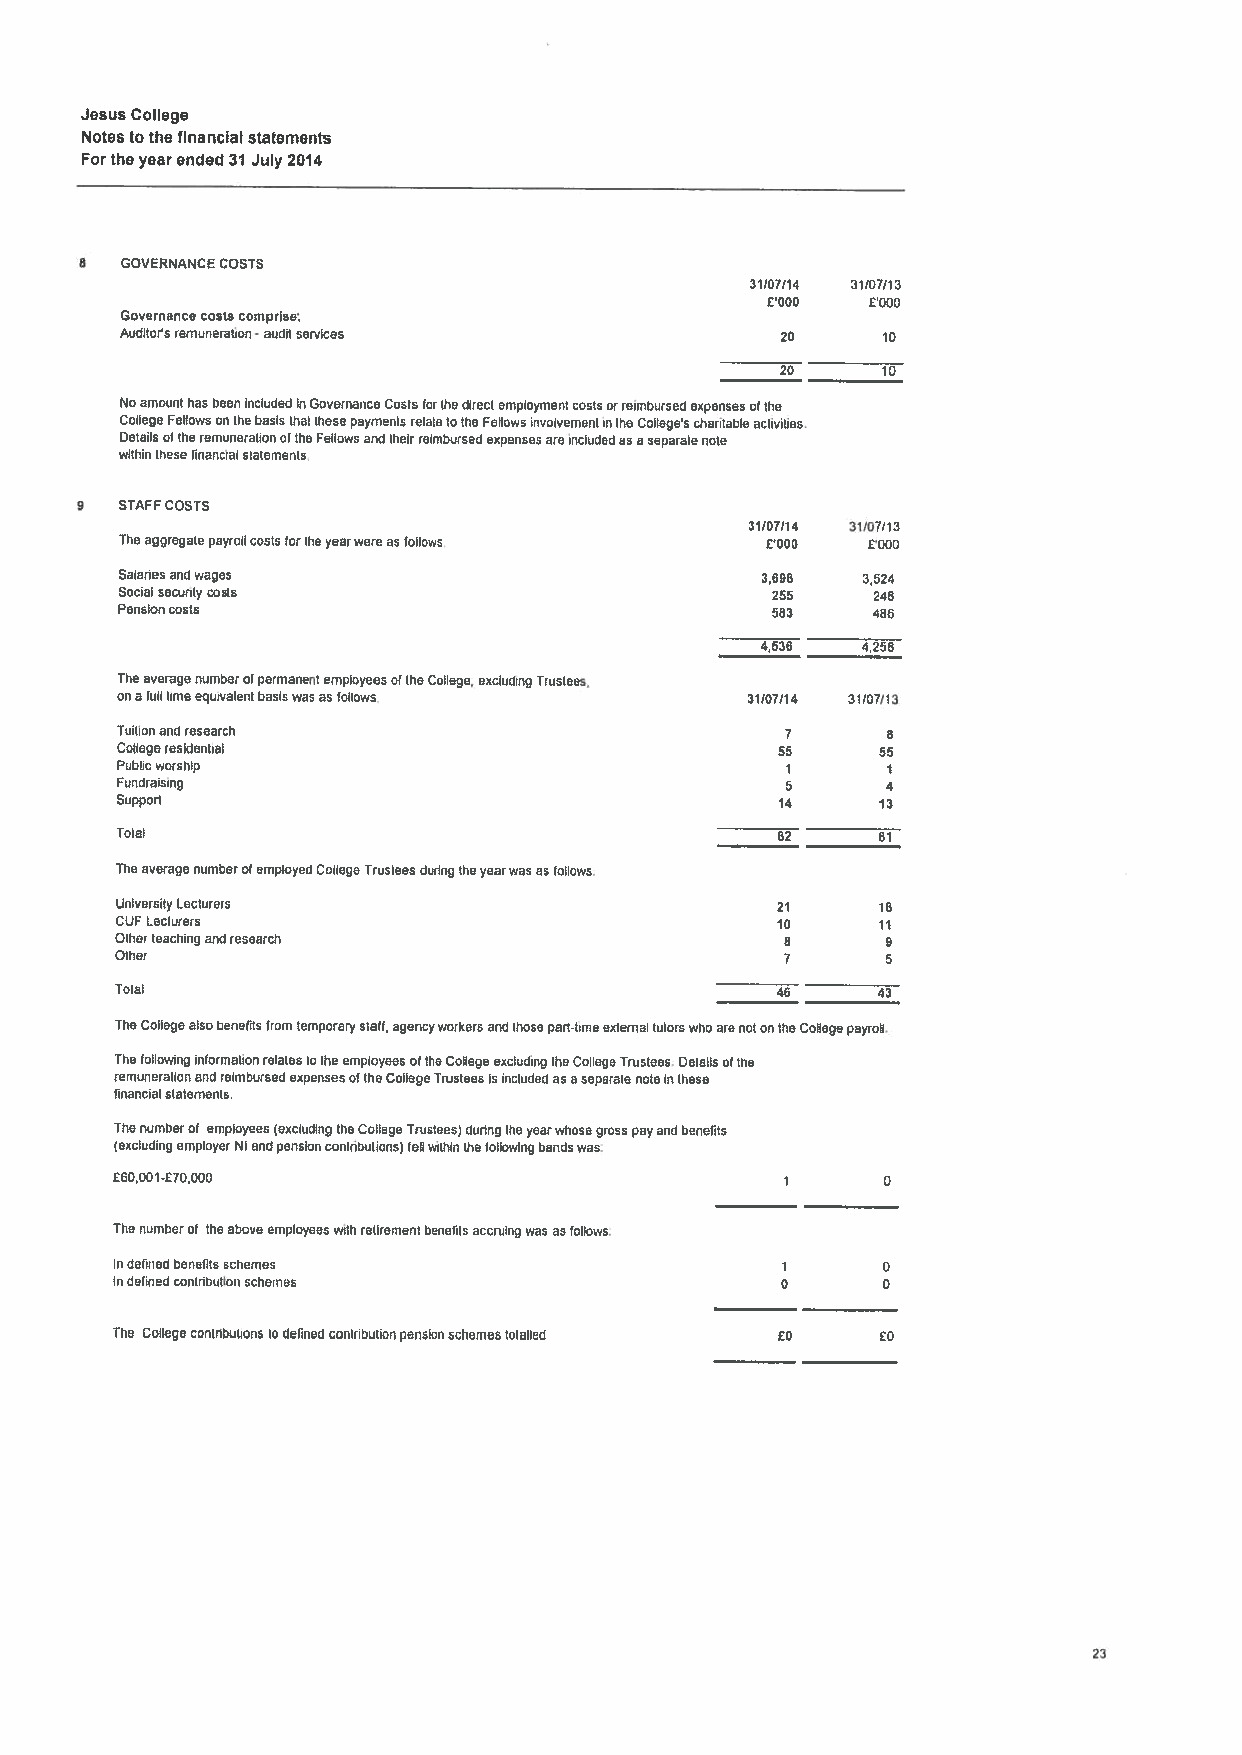
JesusCollege
 Notestothefinancial statements
 Forthe yearended31 July 2014
 8  GOVERNANCECOSTS
 31107114 31/07113
 £000   £000
 Governancecostscomprise;
 Auditorsremuneration -auditservices         20    10
 20    10
 NoamounthasbeenincludedinGovernanceCoatsforthedirectemploymentcostsorreimbursedexpensesofthe
 CollegeFellowsonthebasisthatthesepaymentsrelatetotheFellowsinvolvementintheCollegescharitableactivities.
 DetailsoftheremunerationoftheFellowsandtheirreimbursedexpensesareincludsdasaseparatenote
 withinthesefinancialstatements
 9  STAFFCOSTS
 31/07114 31/07113
 Theaggregatepayrollcostsfortheyearwereasfollows £000 £000
 Salariesaridwages                         3698   3,524
 Socialsecuritycosts                        255    248
 Pension costs                              583    486
 4536   4,258
 TheaveragenumberofpermanentemployeesoftheCollege,excludingTrustees,
 onafulltimeequivalentbasiswaxasfollows   31/07/14 31/07/13
 Tuitionandresearch                          7      8
 Coltegeresidential                         55     55
 Publicworship                               1      1
 Fundraising                                 5      4
 Support                                     14    13
 Tolal                                      82     81
 Theaveragenumber01employedCollege1rusleesduringtheyearwasasfollows.
 UniversityLecturers                        21     18
 CUFLecturers                               10     11
 Otherteachingandresearch                    8      9
 Other                                       7      5
 Total                                      46     43
 TheCollegealsobenefitsfromtemporarystall,agencyworkersandthosepail-timeexternallulorswhoarenotontheCollegepayroll.
 ThefollowinginformationrelatestotheemployeesoftheCollegeexcluding ItmeCollegeTrustees. Detailsofthe
 remunerationandreimbursedexpensesoftheCollegeTrusteesIsincludedasaseparatenoteinthese
 financialstatements.
 Thenumberof employees(excludingtheCollegeTrustaes)duringtheyearwhosegrosspayandbenefits
 (excludingennnployerNIandpensioncontributions)fellwithinthetollowingbandswas.
 £60,001-70,000                              1     0
 Theniumberof theaboveemployeeswithretlrennentbenefitsaccruingwasastollows.
 Indefinedbenefitsschemes                    1     0
 Indefinedcontributionischemes               0     o
 The Collegecontributions todelinectconiributionpensionschemestotated £0 £0
 23